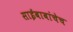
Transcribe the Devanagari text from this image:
साईबाबांचेच